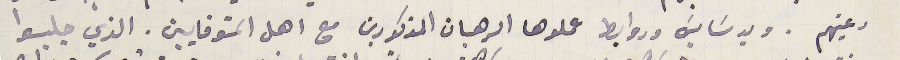
رعيتهم. وبدسَايسَ وروابط عملوها الرهبان المذكورين مع اهل المتوفايين. الذي جلبوا